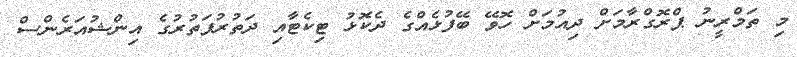
މި ތަމްރީނު ޕްރޮގްރާމަށް ދިއުމަށް ހޮވޭ ބޭފުޅެއްގެ ދެކޮޅު ޓިކެޓާއި ދަތުރުފަތުރުގެ އިންޝުއަރެންސް